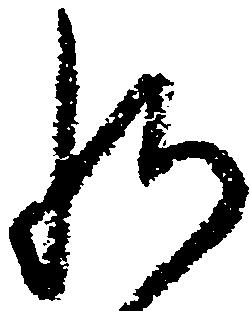
給